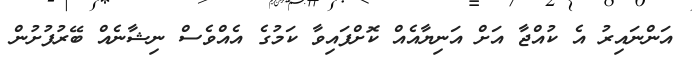
އަންނައިރު އެ ކުއްޖާ އަށް އަނިޔާއެއް ކޮށްފައިވާ ކަމުގެ އެއްވެސް ނިޝާނެއް ބޭރުފުށުން